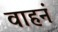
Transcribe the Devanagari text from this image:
वाहनं